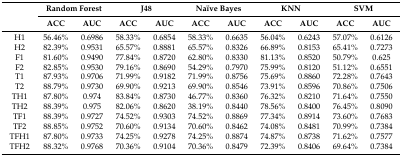
<table><thead><tr><td rowspan="2"></td><td colspan="2"><b>Random Forest</b></td><td colspan="2"><b>J48</b></td><td colspan="2"><b>Naïve Bayes</b></td><td colspan="2"><b>KNN</b></td><td colspan="2"><b>SVM</b></td></tr><tr><td><b>ACC</b></td><td><b>AUC</b></td><td><b>ACC</b></td><td><b>AUC</b></td><td><b>ACC</b></td><td><b>AUC</b></td><td><b>ACC</b></td><td><b>AUC</b></td><td><b>ACC</b></td><td><b>AUC</b></td></tr></thead><tbody><tr><td>H1</td><td>56.46%</td><td>0.6986</td><td>58.33%</td><td>0.6854</td><td>58.33%</td><td>0.6635</td><td>56.04%</td><td>0.6243</td><td>57.07%</td><td>0.6126</td></tr><tr><td>H2</td><td>82.39%</td><td>0.9531</td><td>65.57%</td><td>0.8881</td><td>65.57%</td><td>0.8326</td><td>66.89%</td><td>0.8153</td><td>65.41%</td><td>0.7273</td></tr><tr><td>F1</td><td>81.60%</td><td>0.9490</td><td>77.84%</td><td>0.8720</td><td>62.80%</td><td>0.8330</td><td>81.13%</td><td>0.8520</td><td>50.79%</td><td>0.625</td></tr><tr><td>F2</td><td>82.85%</td><td>0.9530</td><td>79.16%</td><td>0.8690</td><td>54.29%</td><td>0.7970</td><td>75.99%</td><td>0.8120</td><td>51.12%</td><td>0.6551</td></tr><tr><td>T1</td><td>87.93%</td><td>0.9706</td><td>71.99%</td><td>0.9182</td><td>71.99%</td><td>0.8756</td><td>75.69%</td><td>0.8860</td><td>72.28%</td><td>0.7643</td></tr><tr><td>T2</td><td>88.79%</td><td>0.9730</td><td>69.90%</td><td>0.9213</td><td>69.90%</td><td>0.8546</td><td>73.91%</td><td>0.8596</td><td>70.86%</td><td>0.7506</td></tr><tr><td>TH1</td><td>87.80%</td><td>0.974</td><td>83.84%</td><td>0.8730</td><td>46.77%</td><td>0.8360</td><td>76.32%</td><td>0.8210</td><td>71.64%</td><td>0.7550</td></tr><tr><td>TH2</td><td>88.39%</td><td>0.975</td><td>82.06%</td><td>0.8620</td><td>38.19%</td><td>0.8440</td><td>78.56%</td><td>0.8400</td><td>76.45%</td><td>0.8090</td></tr><tr><td>TF1</td><td>88.39%</td><td>0.9727</td><td>74.52%</td><td>0.9303</td><td>74.52%</td><td>0.8869</td><td>77.34%</td><td>0.8914</td><td>73.60%</td><td>0.7683</td></tr><tr><td>TF2</td><td>88.85%</td><td>0.9752</td><td>70.60%</td><td>0.9134</td><td>70.60%</td><td>0.8462</td><td>74.08%</td><td>0.8481</td><td>70.99%</td><td>0.7384</td></tr><tr><td>TFH1</td><td>87.80%</td><td>0.9733</td><td>74.25%</td><td>0.9278</td><td>74.25%</td><td>0.8874</td><td>74.87%</td><td>0.8738</td><td>71.62%</td><td>0.7577</td></tr><tr><td>TFH2</td><td>88.32%</td><td>0.9768</td><td>70.36%</td><td>0.9104</td><td>70.36%</td><td>0.8479</td><td>72.39%</td><td>0.8406</td><td>69.64%</td><td>0.7384</td></tr></tbody></table>